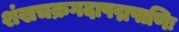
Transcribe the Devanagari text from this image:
शंखचक्रगदापद्मपाणिः